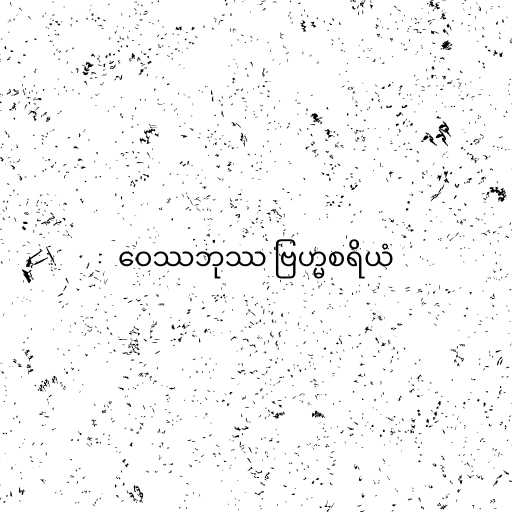
ဝေဿဘုဿ ဗြဟ္မစရိယံ